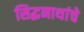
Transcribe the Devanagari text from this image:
सिद्धनाथांचे